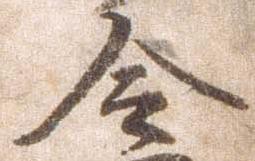
令